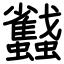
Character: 蠽